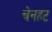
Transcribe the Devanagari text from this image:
चेनहट